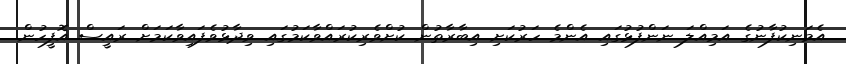
އެމަނިކުފާނުގެ އަމިއްލަ ނަންފުޅުގައި އެންމެ ހަރުކަށި އިބާރާތުން ކުށްވެރިކުރައްވާކަމުގައި ވިދާޅުވެފައިވާކަމަށް ރައީސް އޮފީހުން